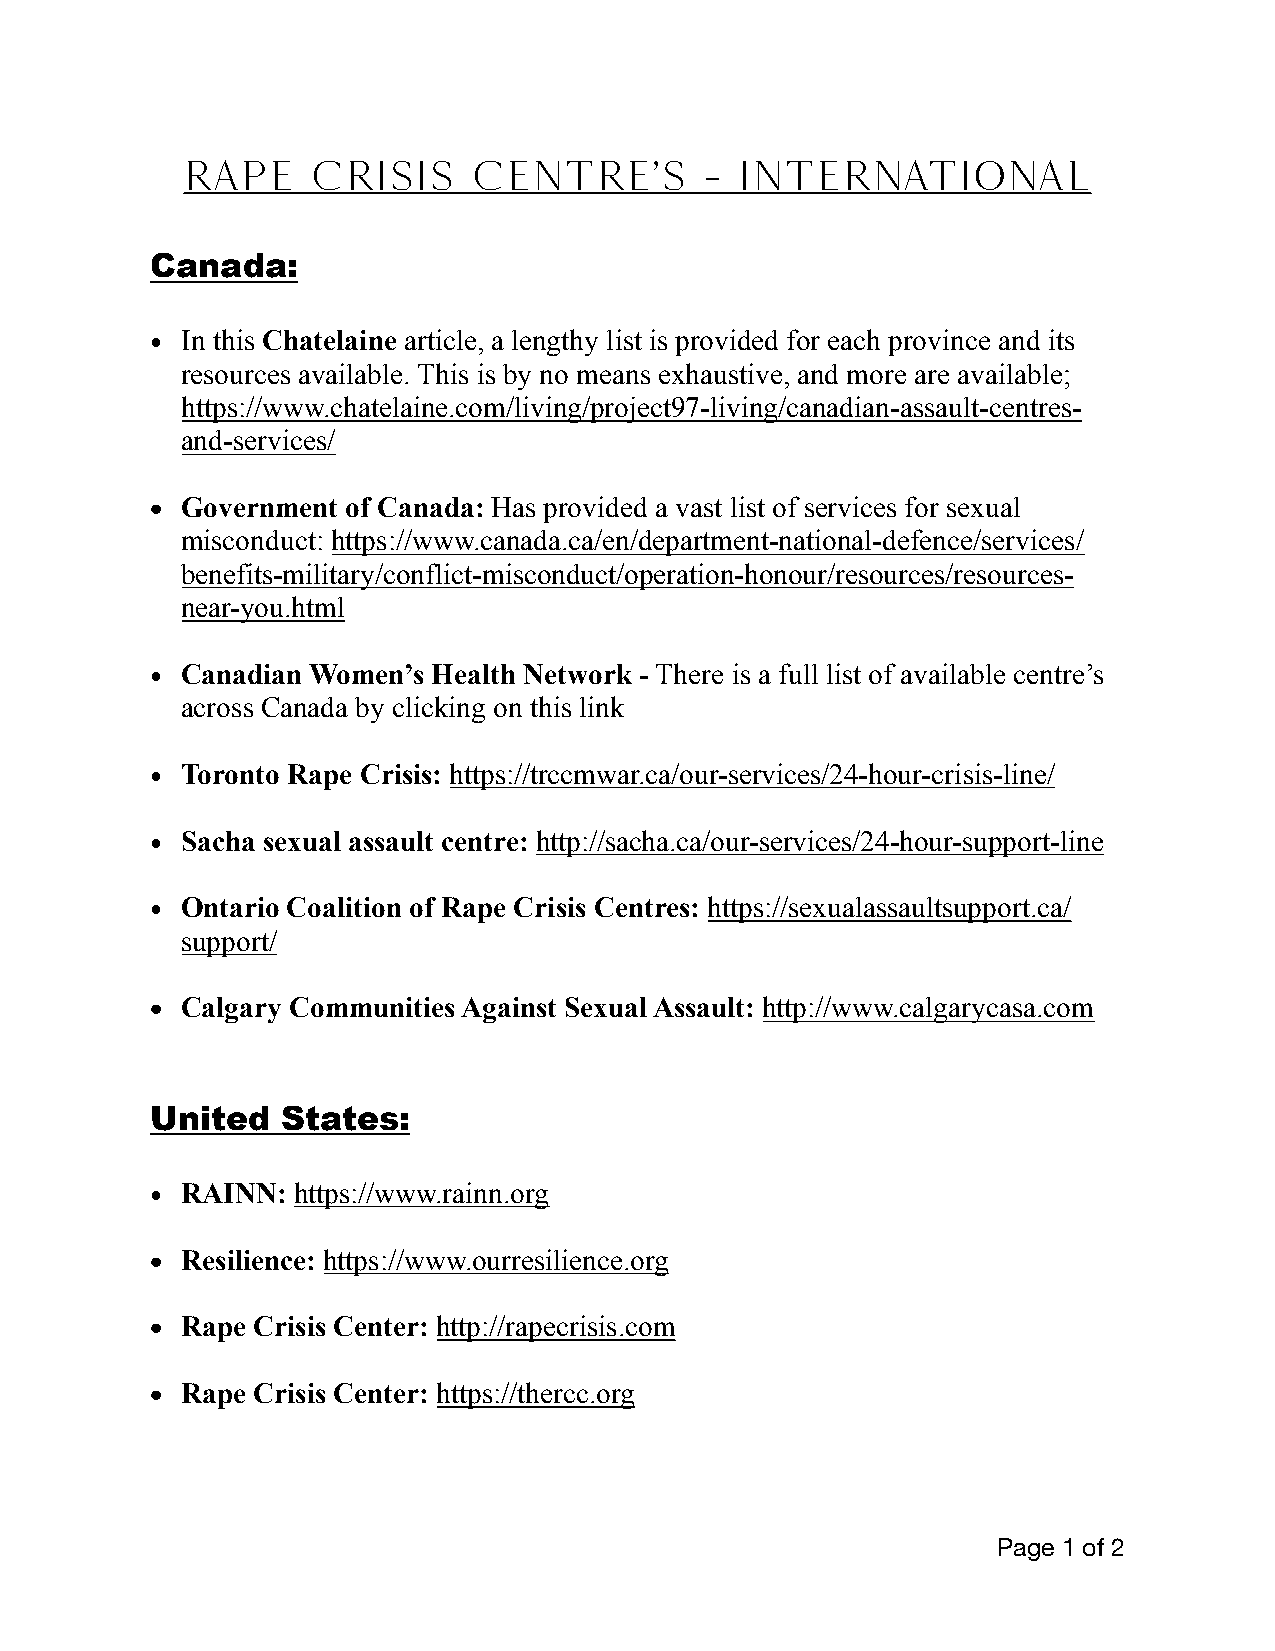
RAPE     CRISIS    CENTRE'S        - INTERNATIONAL
 Canada:
 • In this Chatelaine article, a lengthy list is provided for each province and its
 resources available. This is by no means exhaustive, and more are available;
 https://www.chatelaine.com/living/project97-living/canadian-assault-centres-
 and-services/
 • Government of Canada: Has provided a vast list of services for sexual
 misconduct: https://www.canada.ca/en/department-national-defence/services/
 benefits-military/conflict-misconduct/operation-honour/resources/resources-
 near-you.html
 • Canadian Women’s Health Network - There is a full list of available centre’s
 across Canada by clicking on this link
 • Toronto Rape Crisis: https://trccmwar.ca/our-services/24-hour-crisis-line/
 • Sacha sexual assault centre: http://sacha.ca/our-services/24-hour-support-line
 • Ontario Coalition of Rape Crisis Centres: https://sexualassaultsupport.ca/
 support/
 • Calgary Communities Against Sexual Assault: http://www.calgarycasa.com
 United   States:
 • RAINN: https://www.rainn.org
 • Resilience: https://www.ourresilience.org
 • Rape Crisis Center: http://rapecrisis.com
 • Rape Crisis Center: https://thercc.org
 Page 1 of 2